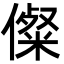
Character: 儏